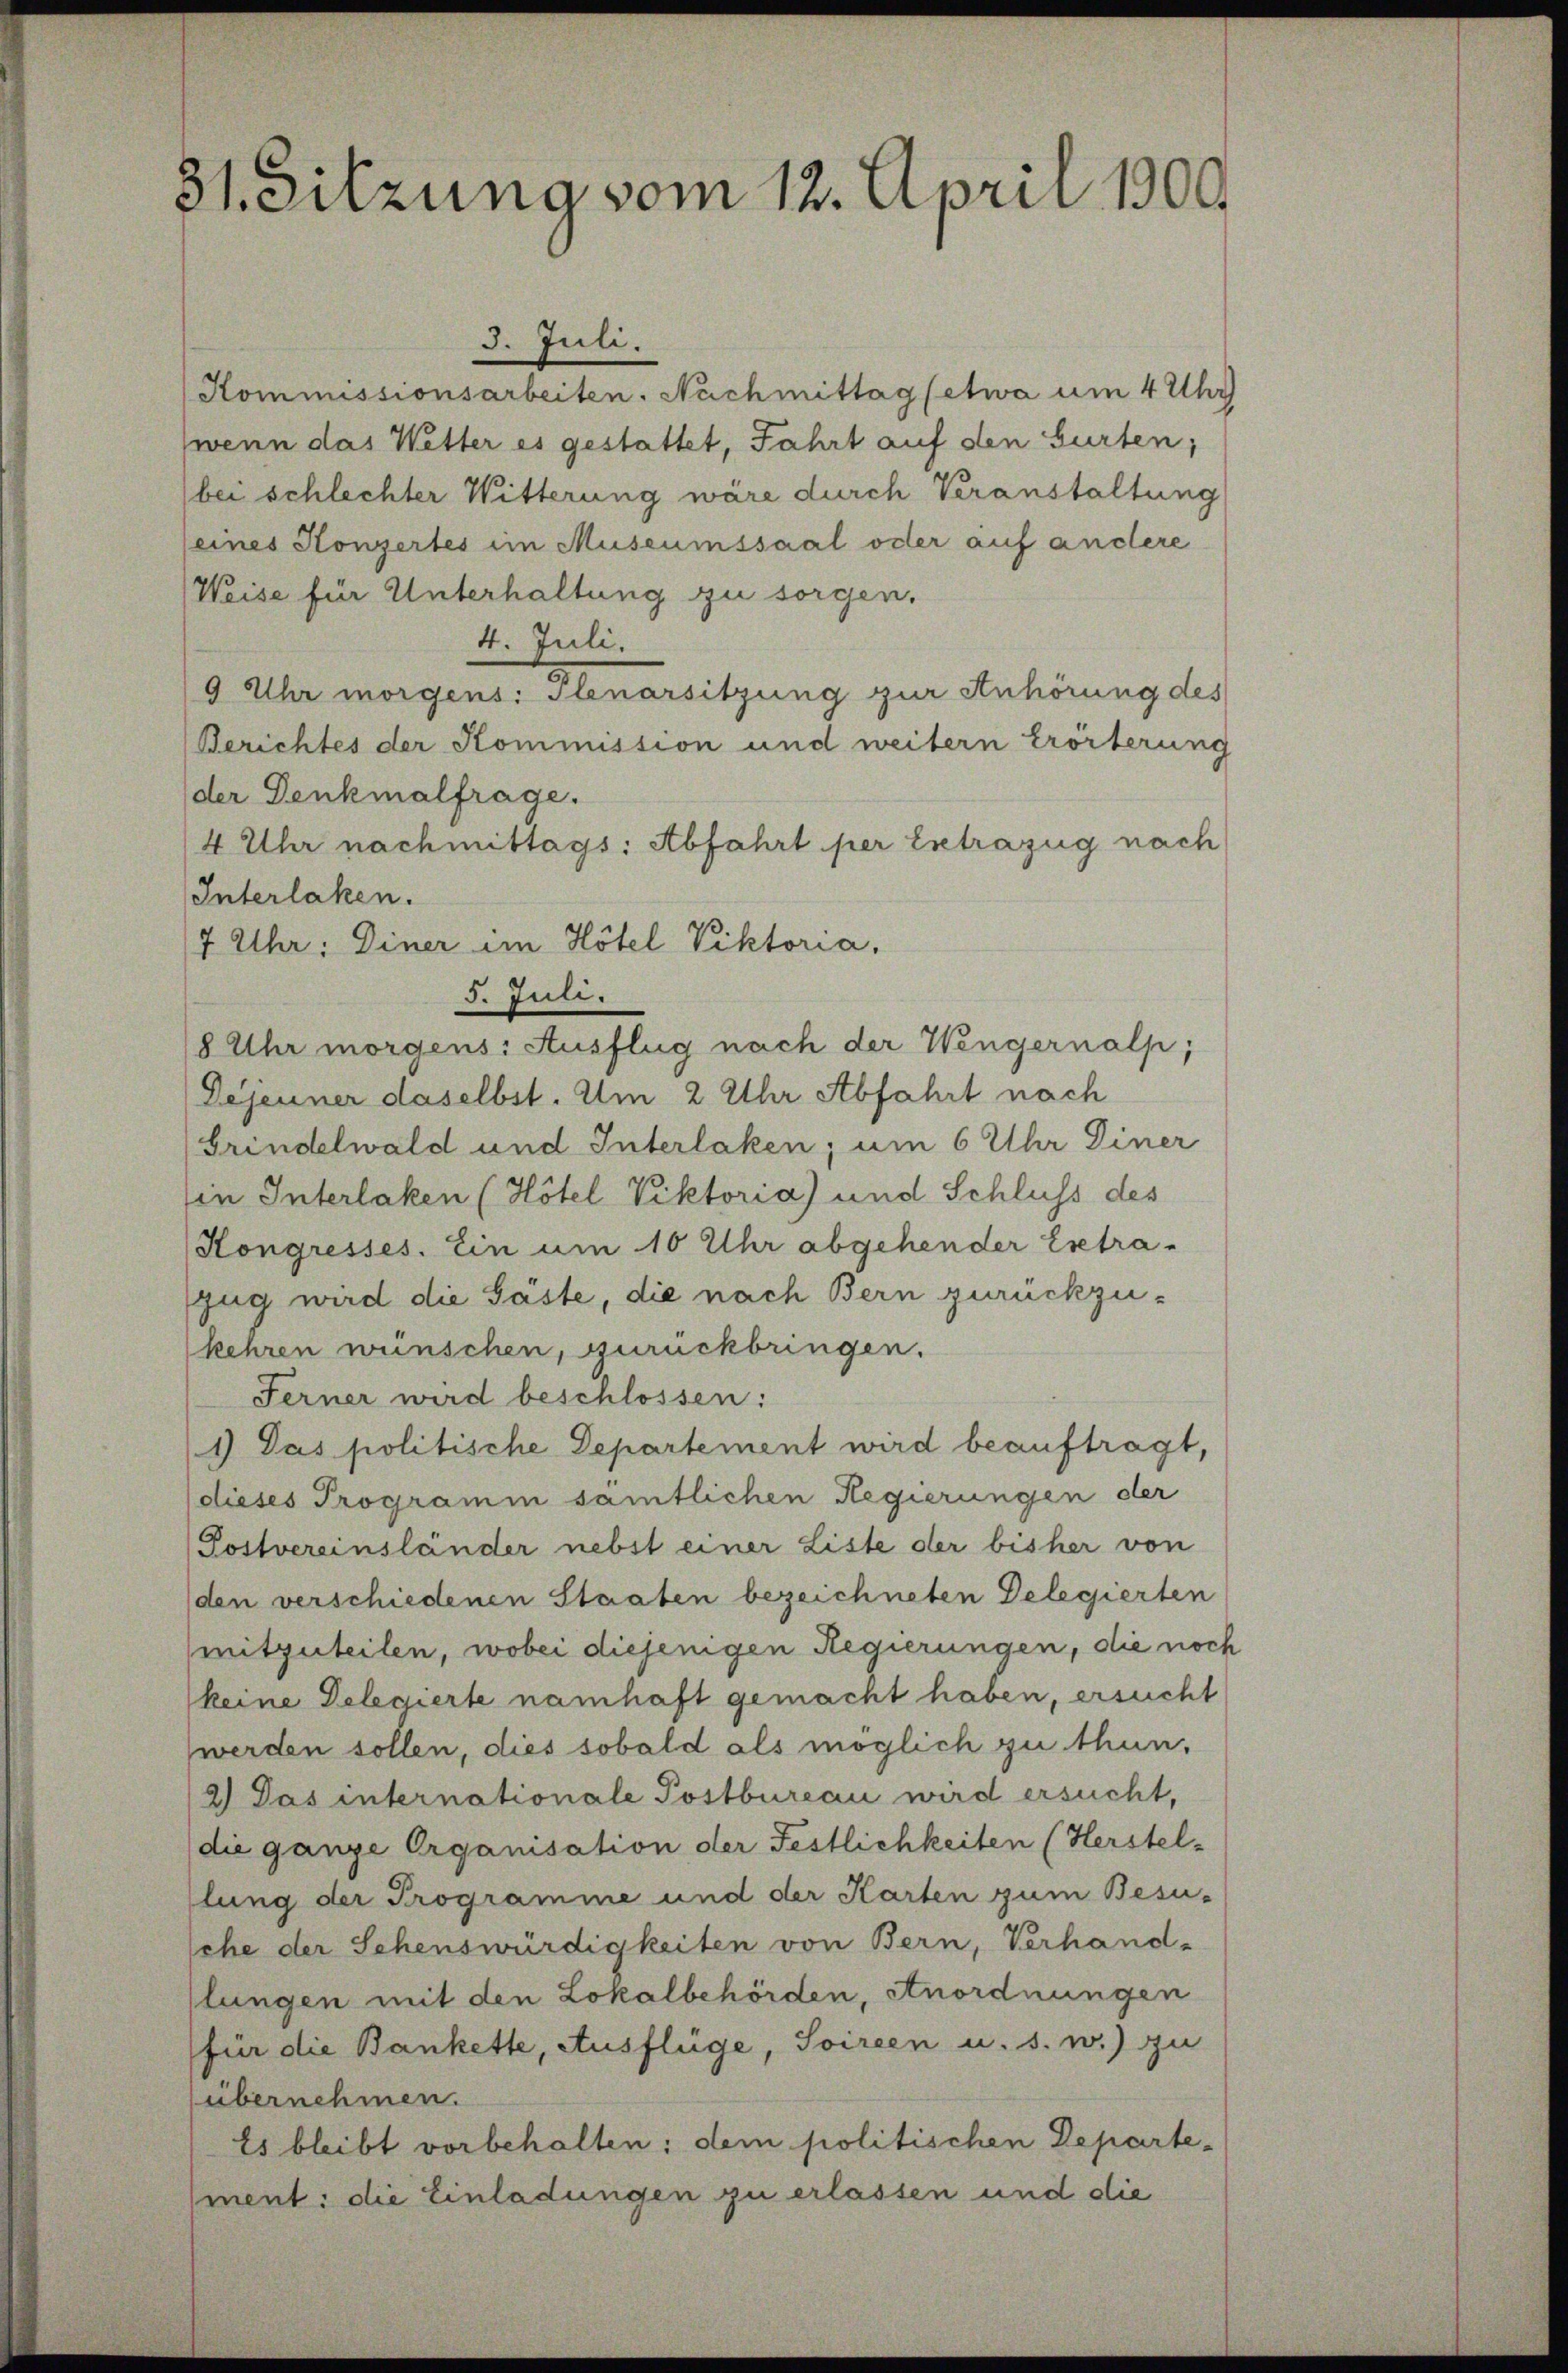
31. Sitzung vom 12. April 1800

3. Juli.
Kommissionsarbeiten. Nachmittag (etwa um 4 Uhr
(wenn das Wetter es gestattet, Fahrt auf den Gurten,
bei schlechter Witterung wäre durch Veranstaltung
(eines Konzertes im Museumssaal oder auf andere
Weise für Unterhaltung zu sorgen.
4. Juli.
9 Uhr morgens: Plenarsitzung zur Anhörung des
Berichtes der Kommission und weitern Erörterung
der Denkmalfrage.
4 Uhr nachmittags: Abfahrt per Extrazug nach
Interlaken.
7 Uhr. Diner im Hotel Viktoria,
5. Juli.
/8 Uhr morgens: Ausflug nach der Wengernalp,
Dejeuner daselbst. Um 2 Uhr Abfahrt nach
Grindelwald und Interlaken; um 6 Uhr Diner
Ein Interlaken (Hôtel Viktoria) und Schluss des
Kongresses. Ein um 10 Uhr abgehender Extra-
zug wird die Gäste, die nach Bern zurückzukehren wünschen, zurückbringen.
Ferner wird beschlossen:
1) Das politische Departement wird beauftragt,
dieses Programm sämtlichen Regierungen der
(Postvereinsländer nebst einer Liste der bisher von
den verschiedenen Staaten bezeichneten Delegierten
mitzuteilen, wobei diejenigen Regierungen, die noch
keine Delegierte namhaft gemacht haben, ersucht
werden sollen, dies sobald als möglich zu thun,
2.) Das internationale Postbureau wird ersucht,
die ganze Organisation der Festlichkeiten (Herstel-
lung der Programme und der Karten zum Besu-
che der Sehenswürdigkeiten von Bern, Verhand-
lungen mit den Lokalbehörden, Anordnungen
für die Bankette, Ausflüge, Soireen u. s. w.) zu
(übernehmen.
Es bleibt vorbehalten; dem politischen Departement: die Einladungen zu erlassen und die